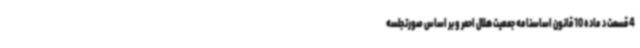
4 قسمت د ماده 10 قانون اساسنامه جمعیت هلال احمر و بر اساس صورتجلسه